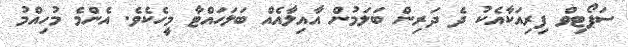
ސަޕޯޓިވް ފިރިއަކާއެކު ދެ ދަރިން ބަލަމުން އާއިލާއެއް ބަލަހައްޓާ މީހެކެވެ. އެންމެ މުހިއްމު